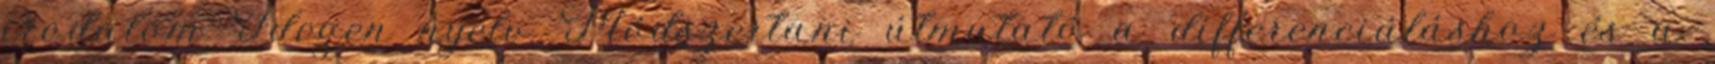
irodalom Idegen nyelv Módszertani útmutató a differenciáláshoz és a